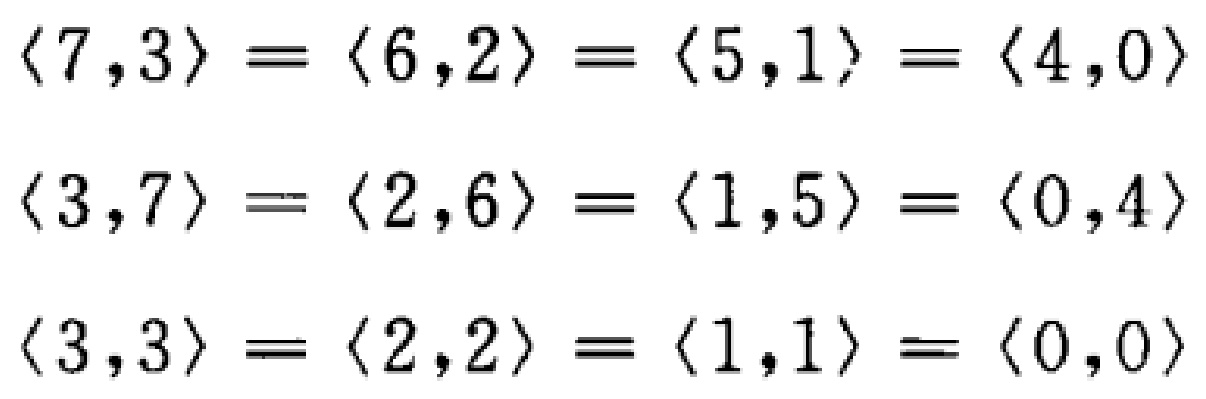
\(\langle 7,3\rangle = \langle 6,2\rangle = \langle 5,1\rangle = \langle 4,0\rangle\)
\(\langle 3,7\rangle = \langle 2,6\rangle = \langle 1,5\rangle = \langle 0,4\rangle\)
\(\langle 3,3\rangle = \langle 2,2\rangle = \langle 1,1\rangle = \langle 0,0\rangle\)